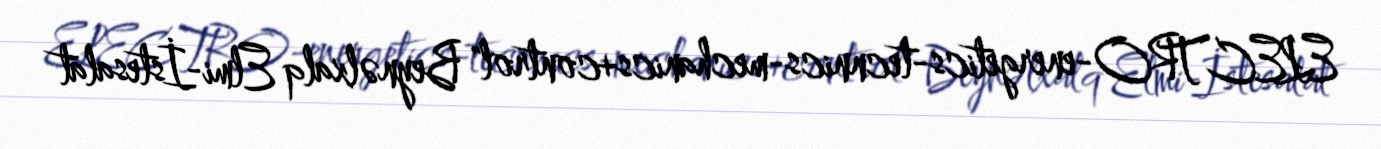
ELECTRO-energetics-tecnnics-mechanics+control" Beynəlxalq Elmi-İstesalat